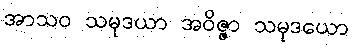
အာသဝ သမုဒယာ အဝိဇ္ဇာ သမုဒယော